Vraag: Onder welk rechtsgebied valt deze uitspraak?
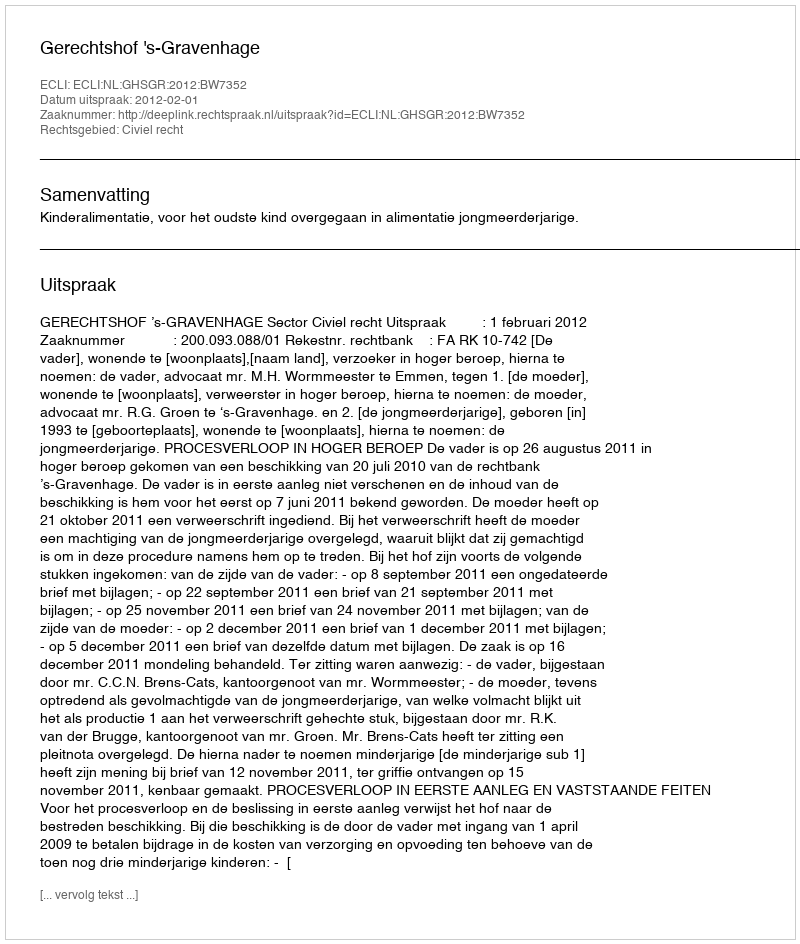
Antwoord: Civiel recht